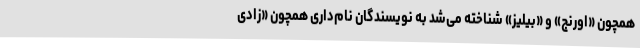
همچون «اورنج» و «بیلیز» شناخته می‌شد به نویسندگان نام‌داری همچون «زادی